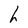
Character: h